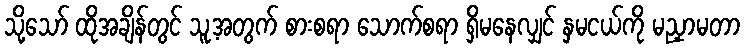
သို့သော် ထိုအချိန်တွင် သူ့အတွက် စားစရာ သောက်စရာ ရှိမနေလျှင် နှမငယ်ကို မညှာမတာ